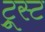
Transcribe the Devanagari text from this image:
ट्रूस्ट